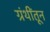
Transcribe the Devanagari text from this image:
ग्रंथींतून